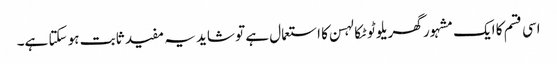
اسی قسم کا ایک مشہور گھریلو ٹوٹکا لہسن کا استعمال ہے تو شاید یہ مفید ثابت ہو سکتا ہے۔